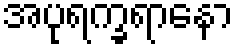
အပုရက္ခရာနော